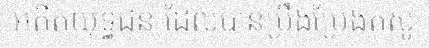
អតីតយុទ្ធជន ដែលបានប្រឹងប្រែងតស៊ូ